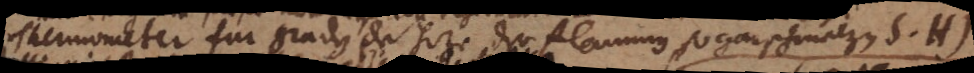
Thermometer fur graden der hize der flammen sogar schmelzen S.H)